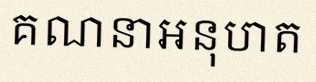
គណនាអនុបាត